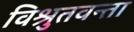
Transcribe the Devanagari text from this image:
विश्रुतवन्ता